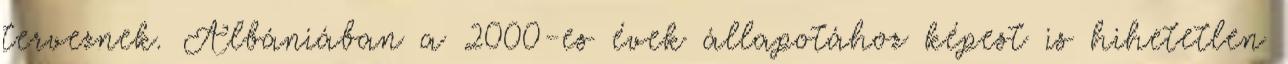
terveznek. Albániában a 2000-es évek állapotához képest is hihetetlen